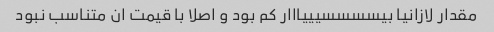
مقدار لازانیا بیسسسسیییااار کم بود و اصلا با قیمت ان متناسب نبود